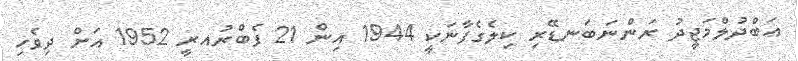
ޢަބްދުލްމަޖީދު ރަންނަބަނޑޭރި ކިލެގެފާނަކީ 1944 އިން 21 ފެބްރުއރީ 1952 އަށް ދިވެހި